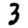
Digit: 3